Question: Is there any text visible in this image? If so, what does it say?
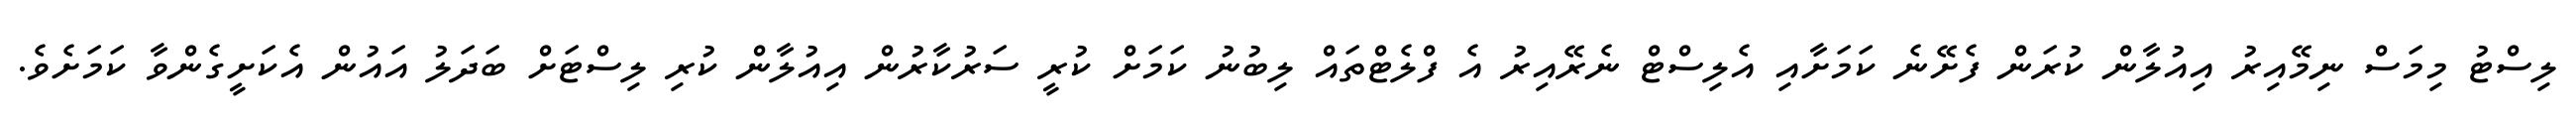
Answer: ލިސްޓު މިމަސް ނިމޭއިރު އިއުލާން ކުރަން ފެށޭނެ ކަމަށާއި އެލިސްޓް ނެރޭއިރު އެ ފްލެޓްތައް ލިބުނު ކަމަށް ކުރީ ސަރުކާރުން އިއުލާން ކުރި ލިސްޓަށް ބަދަލު އައުން އެކަށީގެންވާ ކަމަށެވެ.